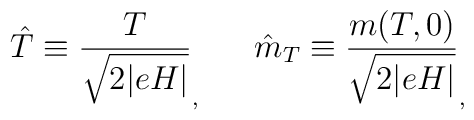
\hat{T} \equiv \frac{T}{\sqrt{2\vert eH \vert}}_,  ~~~~~ \hat{m}_{T} \equiv \frac{m(T,0)}{\sqrt{2\vert eH \vert}}_,